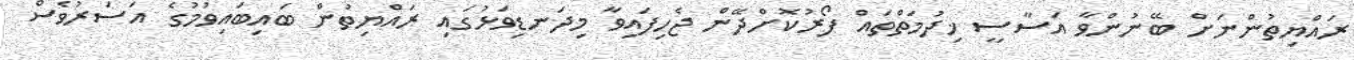
ރައްޔިތުންނަށް ބޭނުންވާ އަސާސީ ޚިދުމަތްތައް ފޯރުކޮށްދޭން ޖެހިފައިވާ މިދަނޑިވަޅުގައި ރައްޔިތުން ބައިބައިވުމުގެ އަސަރުވެސް